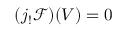
( j _ { ! } { \mathcal { F } } ) ( V ) = 0